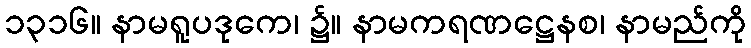
၁၃၁၆။ နာမရူပဒုကေ၊ ၌။ နာမကရဏဋ္ဌေနစ၊ နာမည်ကို